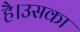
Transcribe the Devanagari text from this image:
है।उसका